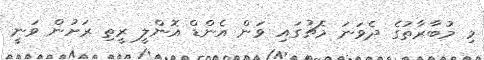
މި މުބާރާތުގެ ދެވަނަ މެޗުގައި ވަން އެންޑް އޮންލީ ރީތި ރަށުން ވަނީ